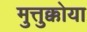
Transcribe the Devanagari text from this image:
मुत्तुक्कोया